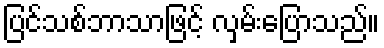
ပြင်သစ်ဘာသာဖြင့် လှမ်းပြောသည်။